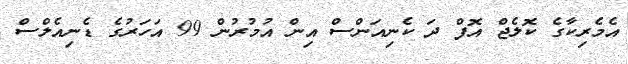
އެމެރިކާގެ ކޮލެޖް އޮފް ދަ ކެނިއަންސް އިން އުމުރުން 99 އަހަރުގެ ޑެނިއެލްސް